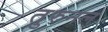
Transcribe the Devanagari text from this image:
तुरुनल